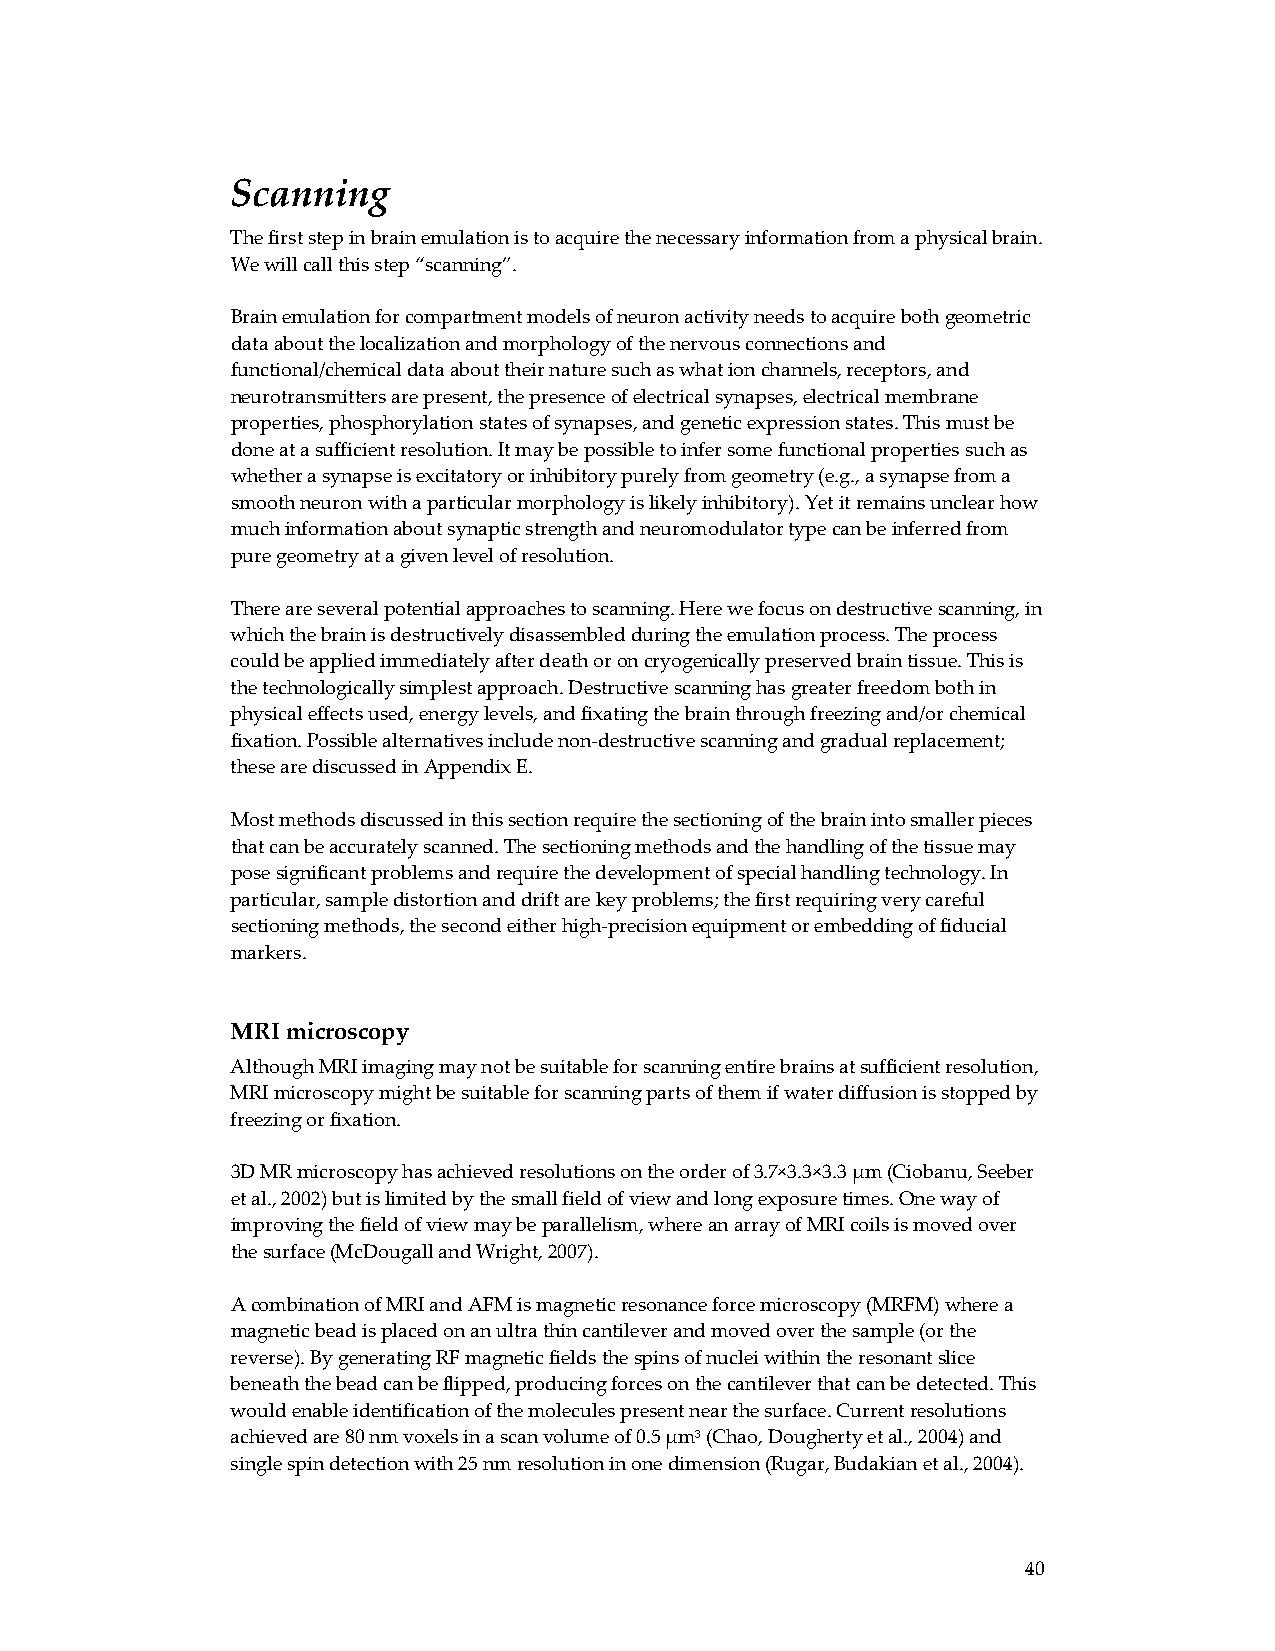
Scanning
 The first step in brain emulation is to acquire the necessary information from a physical brain.
 We will call this step “scanning”.
 Brain emulation for compartment models of neuron activity needs to acquire both geometric
 data about the localization and morphology of the nervous connections and
 functional/chemical data about their nature such as what ion channels, receptors, and
 neurotransmitters are present, the presence of electrical synapses, electrical membrane
 properties, phosphorylation states of synapses, and genetic expression states. This must be
 done at a sufficient resolution. It may be possible to infer some functional properties such as
 whether a synapse is excitatory or inhibitory purely from geometry (e.g., a synapse from a
 smooth neuron with a particular morphology is likely inhibitory). Yet it remains unclear how
 much information about synaptic strength and neuromodulator type can be inferred from
 pure geometry at a given level of resolution.
 There are several potential approaches to scanning. Here we focus on destructive scanning, in
 which the brain is destructively disassembled during the emulation process. The process
 could be applied immediately after death or on cryogenically preserved brain tissue. This is
 the technologically simplest approach. Destructive scanning has greater freedom both in
 physical effects used, energy levels, and fixating the brain through freezing and/or chemical
 fixation. Possible alternatives include non‐destructive scanning and gradual replacement;
 these are discussed in Appendix E.
 Most methods discussed in this section require the sectioning of the brain into smaller pieces
 that can be accurately scanned. The sectioning methods and the handling of the tissue may
 pose significant problems and require the development of special handling technology. In
 particular, sample distortion and drift are key problems; the first requiring very careful
 sectioning methods, the second either high‐precision equipment or embedding of fiducial
 markers.
 MRI microscopy
 Although MRI imaging may not be suitable for scanning entire brains at sufficient resolution,
 MRI microscopy might be suitable for scanning parts of them if water diffusion is stopped by
 freezing or fixation.
 3D MR microscopy has achieved resolutions on the order of 3.7×3.3×3.3 μm (Ciobanu, Seeber
 et al., 2002) but is limited by the small field of view and long exposure times. One way of
 improving the field of view may be parallelism, where an array of MRI coils is moved over
 the surface (McDougall and Wright, 2007).
 A combination of MRI and AFM is magnetic resonance force microscopy (MRFM) where a
 magnetic bead is placed on an ultra thin cantilever and moved over the sample (or the
 reverse). By generating RF magnetic fields the spins of nuclei within the resonant slice
 beneath the bead can be flipped, producing forces on the cantilever that can be detected. This
 would enable identification of the molecules present near the surface. Current resolutions
 achieved are 80 nm voxels in a scan volume of 0.5 μm3 (Chao, Dougherty et al., 2004) and
 single spin detection with 25 nm resolution in one dimension (Rugar, Budakian et al., 2004).
 40